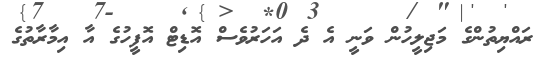
ރައްޔިތުންގެ މަޖިލީހުން ވަނީ އެ ދެ އަހަރުވެސް އޮޑިޓް އޮފީހުގެ އާ އިމާރާތުގެ